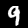
Label: 9